system: You are a helpful assistant.
user:
Analyze the provided spectrum to determine if it is a **Carbon Star (C-type)**.

- **Key Visual Indicators of Carbon Star:**
    - **(Primary):** Strong molecular absorption from **C₂ (diatomic carbon) "Swan Bands."** This is the **defining feature** of a carbon star.
        - **(Key Bandheads):** Sharp absorption edges are visible at approximately $5635$ Å, $5165$ Å (the strongest band), and $4737$ Å.
        - **(Line Profile):** Creates a distinct **"saw-tooth"** pattern. The key morphology is a sharp, steep bandhead on the **red (long-wavelength) side**, which then gradually tapers off (i.e., flux recovers) towards the **blue (short-wavelength) side**. *(This is the direct opposite of the TiO bands seen in M-type stars)*.

    - **(Secondary):** Intense **CN (cyanogen)** molecular absorption bands.
        - **(Key Bandheads):** Located in the blue and violet regions of the spectrum (e.g., near $4215$ Å and $3883$ Å).
        - **(Morphology):** These bands are extremely broad and act as a "blanket," absorbing the vast majority of blue and violet light. This creates a characteristic **"cliff"** or **"steep drop-off"** in the spectrum's flux at short wavelengths.

    - **(Key Confirmation):** Strong **CH absorption band (G-band)**.
        - **(Key Bandhead):** Located around $4300$ Å. The contribution from CH molecules to this band is exceptionally strong.

    - **(Overall Spectrum):**
        - The continuum is severely "chopped up" by these deep molecular bands, especially C₂, rather than appearing as a smooth curve.
        - Due to the heavy CN and C₂ absorption in the blue-green, the vast majority of the star's flux is concentrated in the red part of the spectrum, giving the star its characteristic deep red color.

Think first, call **spectral_visualization_tool** if needed to examine features in detail, then provide your final answer. Your response must adhere to the following strict rules:
1.  **Overall Structure:** Your response must follow the format `<think>...</think> <tool_call>...</tool_call> (if a tool is used) <answer>...</answer>`.
2.  **Tool Usage Constraint:** You may only make **one** tool call per turn.
3.  **Final Answer Format:** In the `<answer>` tag, your conclusion must be inside a `\boxed{}` command (e.g., `\boxed{YES}`), followed by your justification.

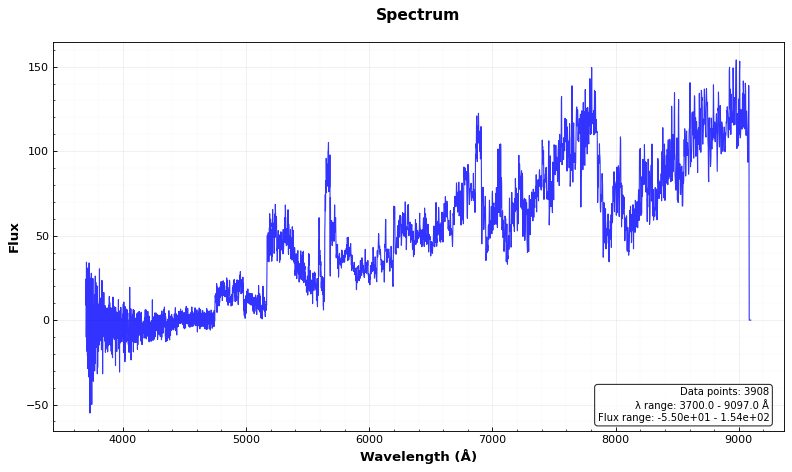
Answer: YES